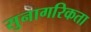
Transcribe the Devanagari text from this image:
सुनागरिकता